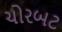
ચોરબટ